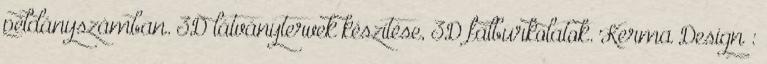
példányszámban. 3D látványtervek készítése, 3D falburkolatok. Kerma Design :